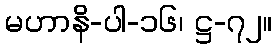
မဟာနိ-ပါ-၁၆၊ ဋ္ဌ-၇၂။